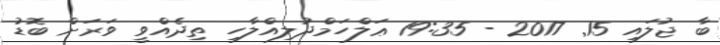
ބާ ޖުލައި 15